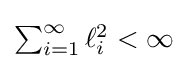
{\textstyle \sum _{i=1}^{\infty }\ell _{i}^{2}<\infty }